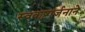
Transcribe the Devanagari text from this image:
स्वकष्टार्जनाने